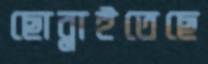
ছোব্‌লাইতেছে